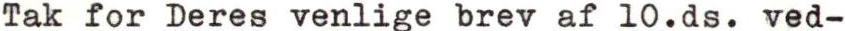
Tak for Deres venlige brev af 10.ds. ved-